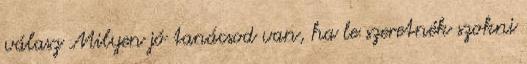
válasz Milyen jó tanácsod van, ha le szeretnék szokni